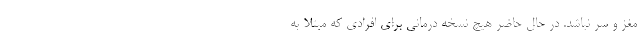
مغز و سر نباشد. در حال حاضر هیچ نسخه درمانی برای افرادی که مبتلا به